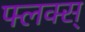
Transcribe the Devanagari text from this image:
फ्लक्स्